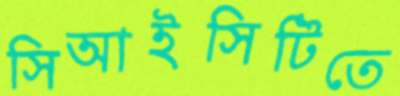
সিআইসিটিতে